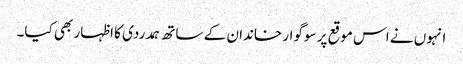
انہوں نے اس موقع پر سوگوار خاندان کے ساتھ ہمدردی کا اظہار بھی کیا۔